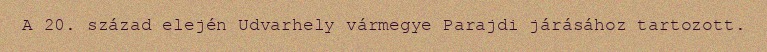
A 20. század elején Udvarhely vármegye Parajdi járásához tartozott.